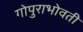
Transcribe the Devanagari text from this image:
गोपुराभोवती